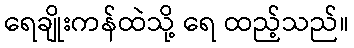
ရေချိုးကန်ထဲသို့ ရေ ထည့်သည်။